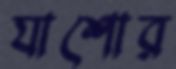
যাশোর